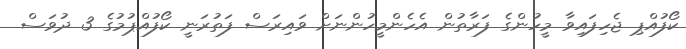
ކޯފުއްޕި ޖެހިފައިވާ މީހުންގެ ފަރާތުން އެހެންމީހުންނަށް ވައިރަސް ފަތުރަނީ ކޯފުއްޕުމުގެ 3 ދުވަސް